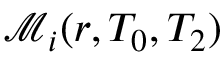
\mathscr { M } _ { i } ( r , T _ { 0 } , T _ { 2 } )